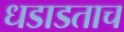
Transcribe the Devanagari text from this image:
धडाडताच